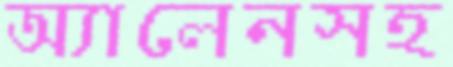
অ্যালেনসহ